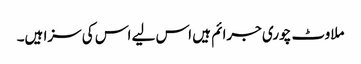
ملاوٹ چوری جرائم ہیں اس لیے اس کی سزا ہیں۔